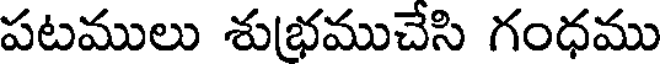
పటములు శుభముచేసి గంధము